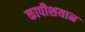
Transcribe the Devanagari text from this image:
कापीशयान